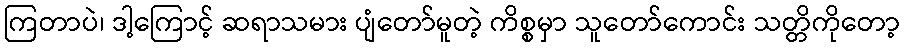
ကြတာပဲ၊ ဒါ့ကြောင့် ဆရာသမား ပျံတော်မူတဲ့ ကိစ္စမှာ သူတော်ကောင်း သတ္တိကိုတော့